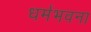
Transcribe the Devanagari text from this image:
धर्मभवना